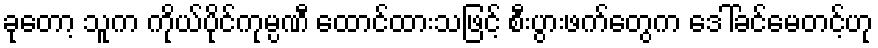
ခုတော့ သူက ကိုယ်ပိုင်ကုမ္ပဏီ ထောင်ထားသဖြင့် စီးပွားဖက်တွေက ဒေါ်ခင်မေတင့်ဟု